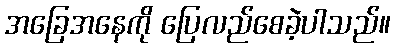
အခြေအနေကို ပြေလည်စေခဲ့ပါသည်။